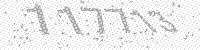
Solution: 117713